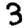
Digit: 3